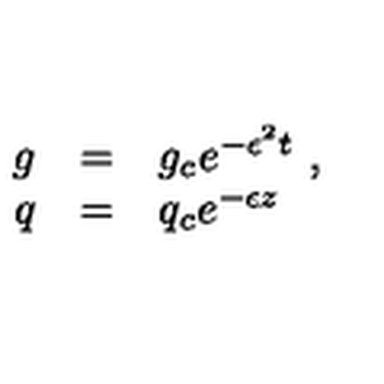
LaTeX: \begin{array} { r c l } { g } & { = } & { g _ { c } e ^ { - \epsilon ^ { 2 } t } \ , } \\ { q } & { = } & { q _ { c } e ^ { - \epsilon z } \ } \\ \end{array}